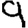
Digit: 9